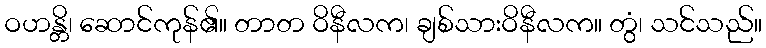
ဝဟန္တိ၊ ဆောင်ကုန်၏။ တာတ ဝိနီလက၊ ချစ်သားဝိနီလက။ တွံ၊ သင်သည်။